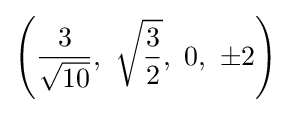
\left({\frac {3}{\sqrt {10}}},\ {\sqrt {3 \over 2}},\ 0,\ \pm 2\right)